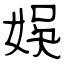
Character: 娛